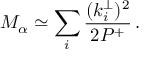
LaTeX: M _ { \alpha } \simeq \sum _ { i } \frac { ( k _ { i } ^ { \perp } ) ^ { 2 } } { 2 P ^ { + } } \, .